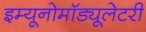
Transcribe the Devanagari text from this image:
इम्यूनोमॉड्यूलेटरी